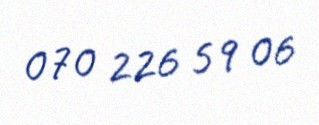
070 226 59 06